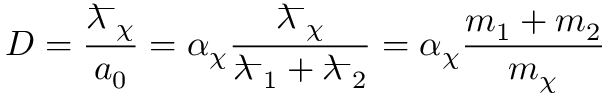
D = { \frac { { \lambda \! \! \! ^ { ^ { \underline { { \ \ } } } } } _ { \chi } } { a _ { 0 } } } = \alpha _ { \chi } { \frac { { \lambda \! \! \! ^ { ^ { \underline { { \ \ } } } } } _ { \chi } } { { \lambda \! \! \! ^ { ^ { \underline { { \ \ } } } } } _ { 1 } + { \lambda \! \! \! ^ { ^ { \underline { { \ \ } } } } } _ { 2 } } } = \alpha _ { \chi } { \frac { m _ { 1 } + m _ { 2 } } { m _ { \chi } } }